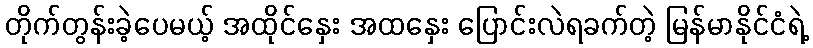
တိုက်တွန်းခဲ့ပေမယ့် အထိုင်နှေး အထနှေး ပြောင်းလဲရခက်တဲ့ မြန်မာနိုင်ငံရဲ့